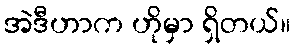
အဲဒီဟာက ဟိုမှာ ရှိတယ်။